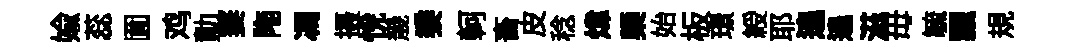
媮蕊圎鸡勣萋陁馮摄恱㡬黍軻畜皮稔煒槩始板璟綬耶遑遑滋毋毓飄規